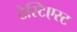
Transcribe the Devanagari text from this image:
टेस्टिएस्ट